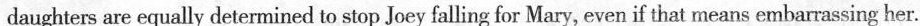
daughters are equally determined to stop Joey falling for Mary, even if that means embarrassing her.